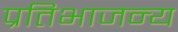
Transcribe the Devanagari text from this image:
प्रतिभाजन्य